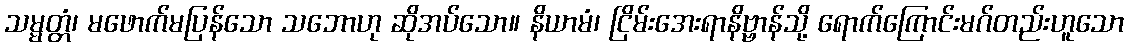
သမ္မတ္တံ၊ မဖောက်မပြန်သော သဘောဟု ဆိုအပ်သော။ နိယာမံ၊ ငြိမ်းအေးရာနိဗ္ဗာန်သို့ ရောက်ကြောင်းမဂ်တည်းဟူသော